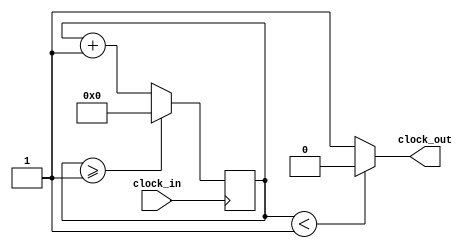
`timescale 1ns / 1ps

/*******************************************************************
*
* Module: Datapath.v
* Project: Pipelined-RISCV
* Author1: Yahya Abbas.
* Author2: Ali Ghazal.
* Author3: Omer Hassan.
* Description: Pipelined RISCV processor with support for RV32IC instructions that map to true 32I instructions
*              and support for the full RV32IM instruction set.
* Change history:
**********************************************************************/

module Clock_divider(
    input clock_in,
    output clock_out);
/*clock_in --> input clock on FPGA
    output clock_out --> output clock after dividing the input clock by divisor*/
reg[27:0] counter=28'd0;
parameter DIVISOR = 28'd2;
/*The frequency of the output clk_out  = The frequency of the input clk_in divided by DIVISOR
    For example: Fclk_in = 50Mhz, if you want to get 1Hz signal to blink LEDs
    You will modify the DIVISOR parameter value to 28'd50.000.000
    Then the frequency of the output clk_out = 50Mhz/50.000.000 = 1Hz*/
always @(posedge clock_in) begin
    counter <= counter + 28'd1;
    if(counter>=(DIVISOR-1)) begin
        counter <= 28'd0;
    end
end 
assign clock_out = (counter<DIVISOR/2)?1'b0:1'b1;
endmodule